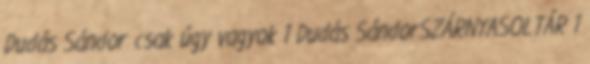
Dudás Sándor csak úgy vagyok 1 Dudás SándorSZÁRNYASOLTÁR 1